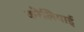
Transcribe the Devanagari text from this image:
करेलियाई